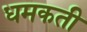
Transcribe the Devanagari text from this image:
धमकती